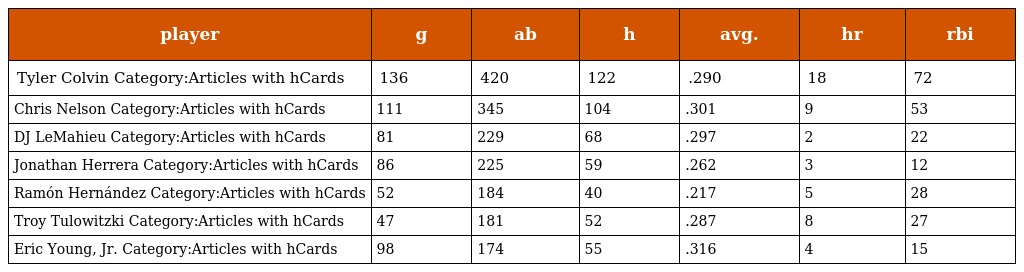
| player | g | ab | h | avg. | hr | rbi |
 | --- | --- | --- | --- | --- | --- | --- |
 | Tyler Colvin Category:Articles with hCards | 136 | 420 | 122 | .290 | 18 | 72 |
 | Chris Nelson Category:Articles with hCards | 111 | 345 | 104 | .301 | 9 | 53 |
 | DJ LeMahieu Category:Articles with hCards | 81 | 229 | 68 | .297 | 2 | 22 |
 | Jonathan Herrera Category:Articles with hCards | 86 | 225 | 59 | .262 | 3 | 12 |
 | Ramón Hernández Category:Articles with hCards | 52 | 184 | 40 | .217 | 5 | 28 |
 | Troy Tulowitzki Category:Articles with hCards | 47 | 181 | 52 | .287 | 8 | 27 |
 | Eric Young, Jr. Category:Articles with hCards | 98 | 174 | 55 | .316 | 4 | 15 |